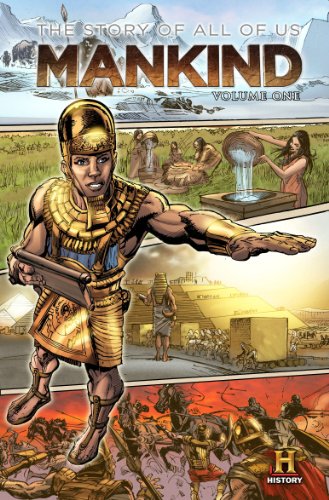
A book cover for MANKIND: The Story of All of Us Volume 1; Neo Edmund; Teen & Young Adult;